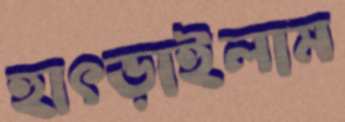
হাৎড়াইলাম